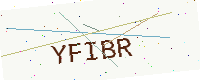
Text: YFIBR